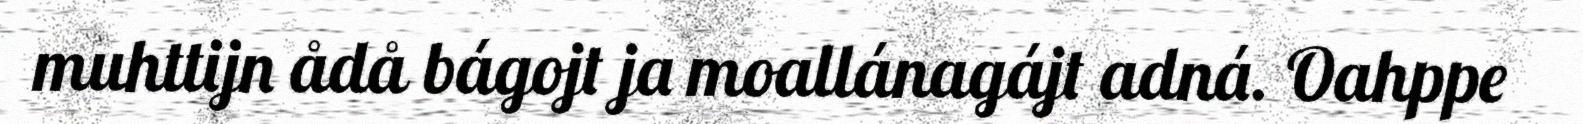
muhttijn ådå bágojt ja moallánagájt adná. Oahppe